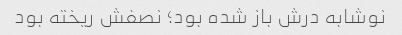
نوشابه درش باز شده بود؛ نصفش ریخته بود